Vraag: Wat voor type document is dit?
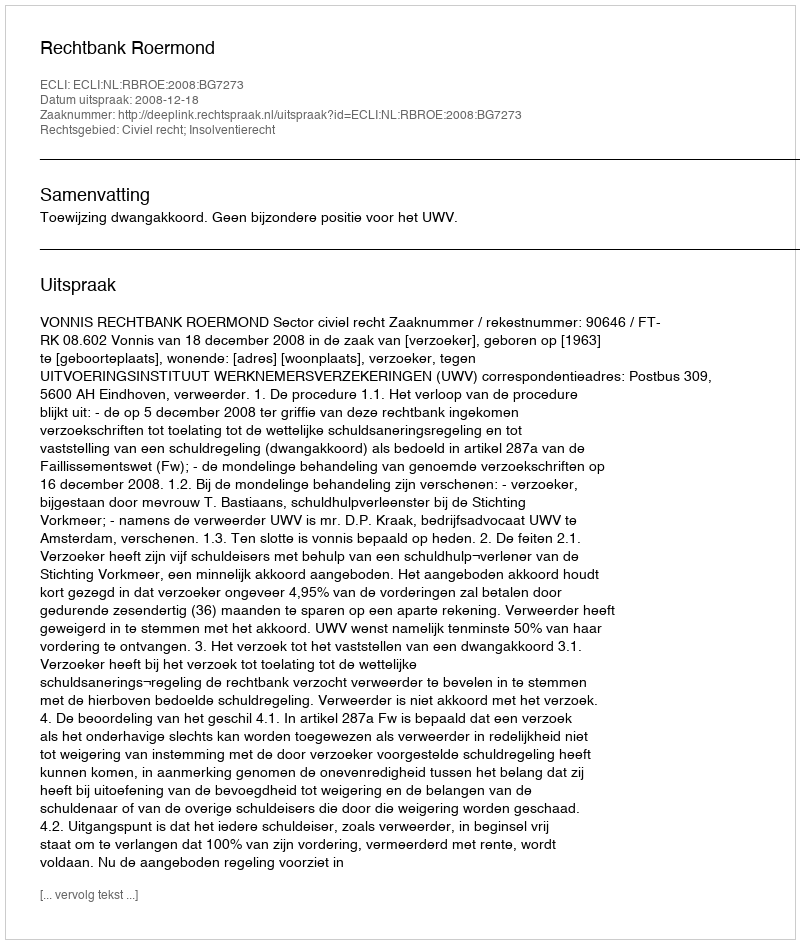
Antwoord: Uitspraak